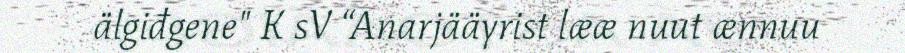
älgiđgene" K sV “Anarjääyrist lææ nuut ænnuu